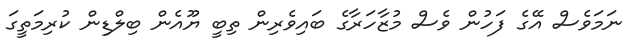
ނަމަވެސް އޭގެ ފަހުން ވެސް މުޒާހަރާގެ ބައިވެރިން ތިބީ ޔޫއެން ބިލްޑިން ކުރިމަތީގަ